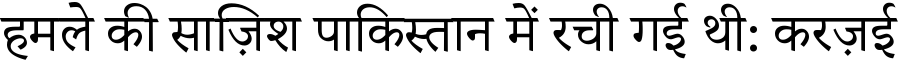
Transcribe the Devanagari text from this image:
हमले की साज़िश पाकिस्तान में रची गई थी: करज़ई